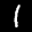
Label: 1